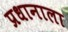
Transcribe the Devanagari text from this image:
प्रधानाला